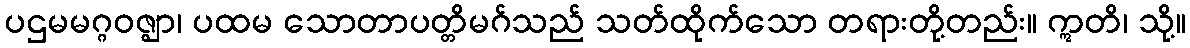
ပဌမမဂ္ဂဝဇ္ဈာ၊ ပထမ သောတာပတ္တိမဂ်သည် သတ်ထိုက်သော တရားတို့တည်း။ ဣတိ၊ သို့။